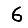
Digit: 6